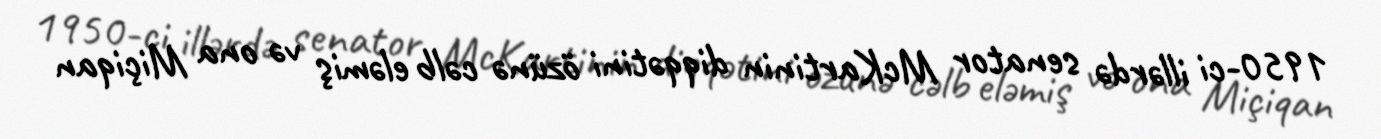
1950-ci illərdə senator McKartinin diqqətini özünə cəlb eləmiş və ona Miçiqan